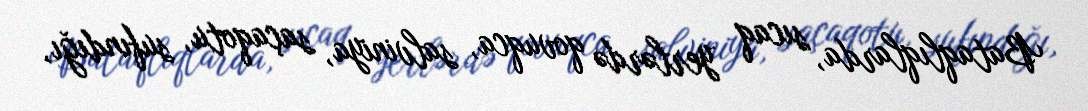
Bataqlıqlarda, sıcaq yerlərdə qovuqca, salviniya, saçaqotu, sufındığı,